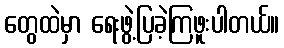
တွေထဲမှာ ရေးဖွဲ့ပြခဲ့ကြဖူးပါတယ်။